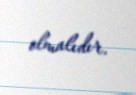
olmalıdır.